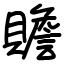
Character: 贍